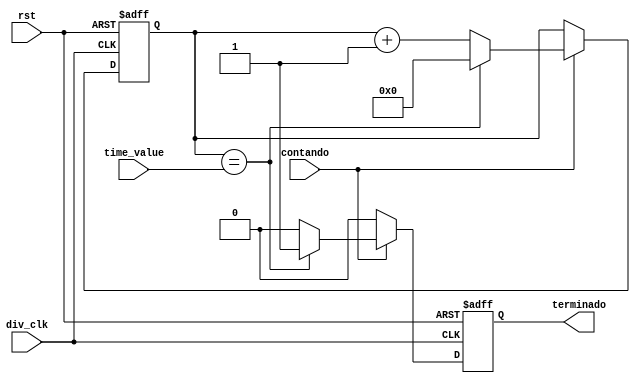
module counter(div_clk,rst,time_value,contando, terminado);
	input div_clk;
	input rst;
	input contando;
	input [3:0] time_value;
	output reg terminado;
	
	reg [3:0] contador;
	
	always @(posedge div_clk or posedge rst)
			begin
				if(rst)
					begin
						contador <= 0;
						terminado <= 0;
					end
				else
					if(contando)
						begin
							if(contador == time_value)
								begin
									contador <= 0;
									terminado <= 1;
								end
							else
								begin
									terminado <= 0;
									contador <= contador + 1;
								end
						end
					else
						terminado <= 0;
			end
		
endmodule